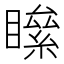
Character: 𥊻